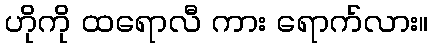
ဟိုကို ထရောလီ ကား ရောက်လား။